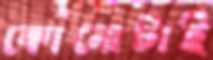
কোনোটাই